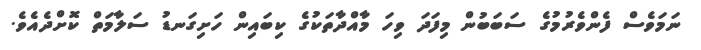
ނަމަވެސް ފެންވެރުމުގެ ސަބަބުން މިފަދަ ވިހަ މާއްދާތަކުގެ ކިބައިން ހަށިގަނޑު ސަލާމަތް ކޮށްދެއެވެ.